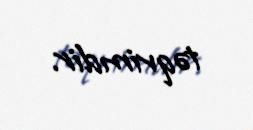
təqvimdir.